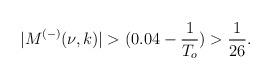
LaTeX: \begin{align*}|M^{(-)}(\nu,k)|>(0.04-\frac{1}{T_o})>\frac{1}{26}.\end{align*}